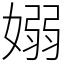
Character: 嫋